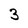
Character: 3